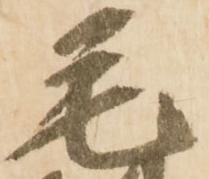
毛